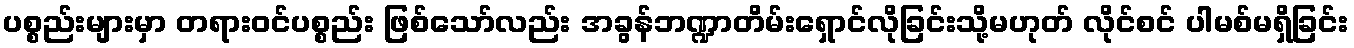
ပစ္စည်းများမှာ တရားဝင်ပစ္စည်း ဖြစ်သော်လည်း အခွန်ဘဏ္ဍာတိမ်းရှောင်လိုခြင်းသို့မဟုတ် လိုင်စင် ပါမစ်မရှိခြင်း